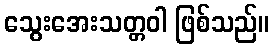
သွေးအေးသတ္တဝါ ဖြစ်သည်။